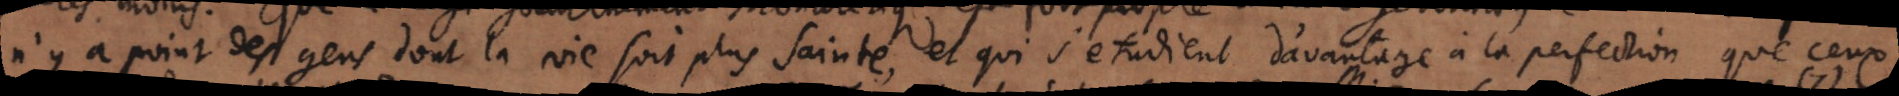
n’y a point des gens dont la vie soit plus sainte, et qui s’etudient d’avantage à la perfection que ceux